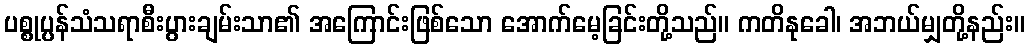
ပစ္စုပ္ပန်သံသရာစီးပွားချမ်းသာ၏ အကြောင်းဖြစ်သော အောက်မေ့ခြင်းတို့သည်။ ကတိနုခေါ၊ အဘယ်မျှတို့နည်း။